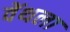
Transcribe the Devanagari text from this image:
वेंथला